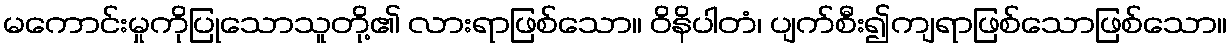
မကောင်းမှုကိုပြုသောသူတို့၏ လားရာဖြစ်သော။ ဝိနိပါတံ၊ ပျက်စီး၍ကျရာဖြစ်သောဖြစ်သော။